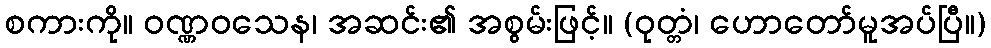
စကားကို။ ဝဏ္ဏဝသေန၊ အဆင်း၏ အစွမ်းဖြင့်။ (ဝုတ္တံ၊ ဟောတော်မူအပ်ပြီ။)